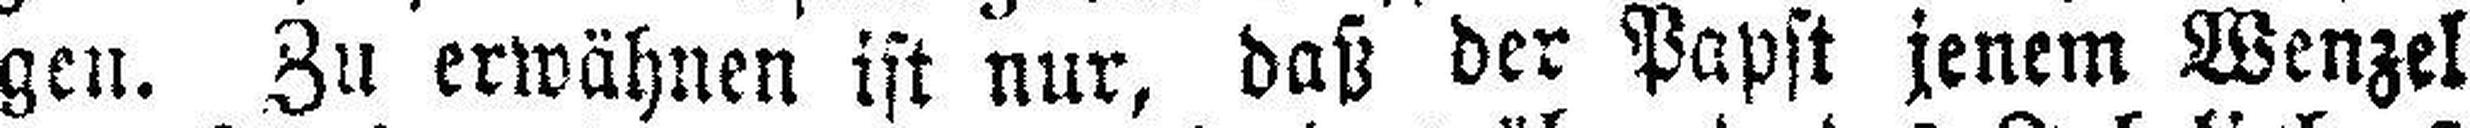
gen. Zu erwähnen ist nur, daß der Papst jenem Wenzel